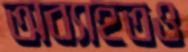
অব্যাহতও